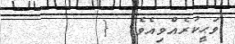
ވަޙީކުރެއްވިއެވެ. {